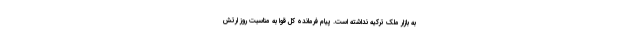
به بازار ملک ترکیه نداشته است. پیام فرمانده کل قوا به مناسبت روز ارتش